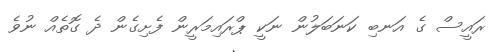
ރައީސް ގެ އަނބި ކަނަބަލުން ނަކީ ޕްރައިމަރީން ފެށިގެން ދެ ގޮތެއް ނުވެ